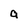
Character: a